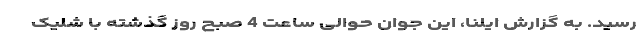
رسید. به گزارش ایلنا، این جوان حوالی ساعت 4 صبح روز گذشته با شلیک